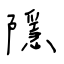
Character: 隱